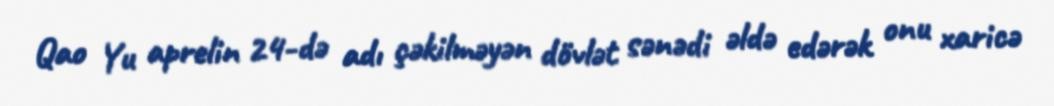
Qao Yu aprelin 24-də adı çəkilməyən dövlət sənədi əldə edərək onu xaricə